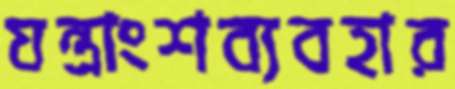
যন্ত্রাংশব্যবহার